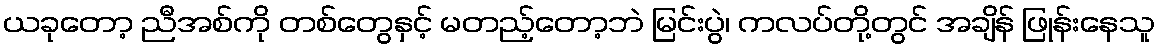
ယခုတော့ ညီအစ်ကို တစ်တွေနှင့် မတည့်တော့ဘဲ မြင်းပွဲ၊ ကလပ်တို့တွင် အချိန် ဖြုန်းနေသူ